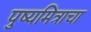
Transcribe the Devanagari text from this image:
पुष्यमित्राचा